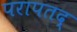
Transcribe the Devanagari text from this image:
परापतद्